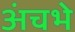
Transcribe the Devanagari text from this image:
अंचभे